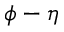
\phi - \eta